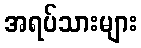
အရပ်သားများ